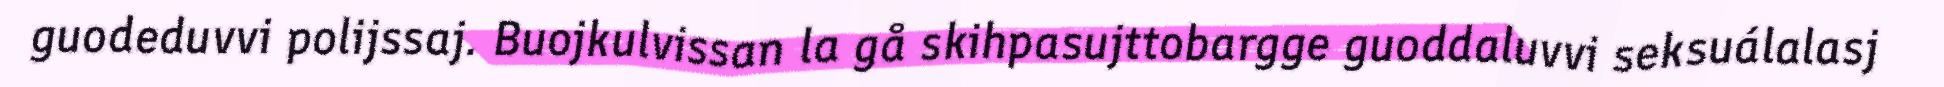
guodeduvvi polijssaj. Buojkulvissan la gå skihpasujttobargge guoddaluvvi seksuálalasj